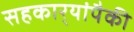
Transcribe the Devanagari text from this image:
सहकार्‍यांपैकी